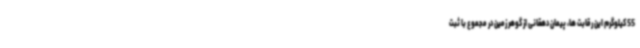
55 کیلوگرم این رقابت ها، پیمان دهقانی از گوهر زمین در مجموع با ثبت